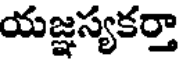
యజ్ఞస్యకర్తా